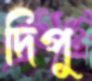
দিপু